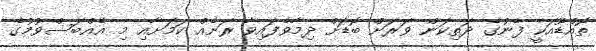
ތޮއްޑޫއަކީ ފެނުގެ ދަތިކަން ވަރަށް ބޮޑަށް ދިމާވެފައިވާ ރަށެއް ކަމަށާއި މި އެއްބަސްވުމުގެ